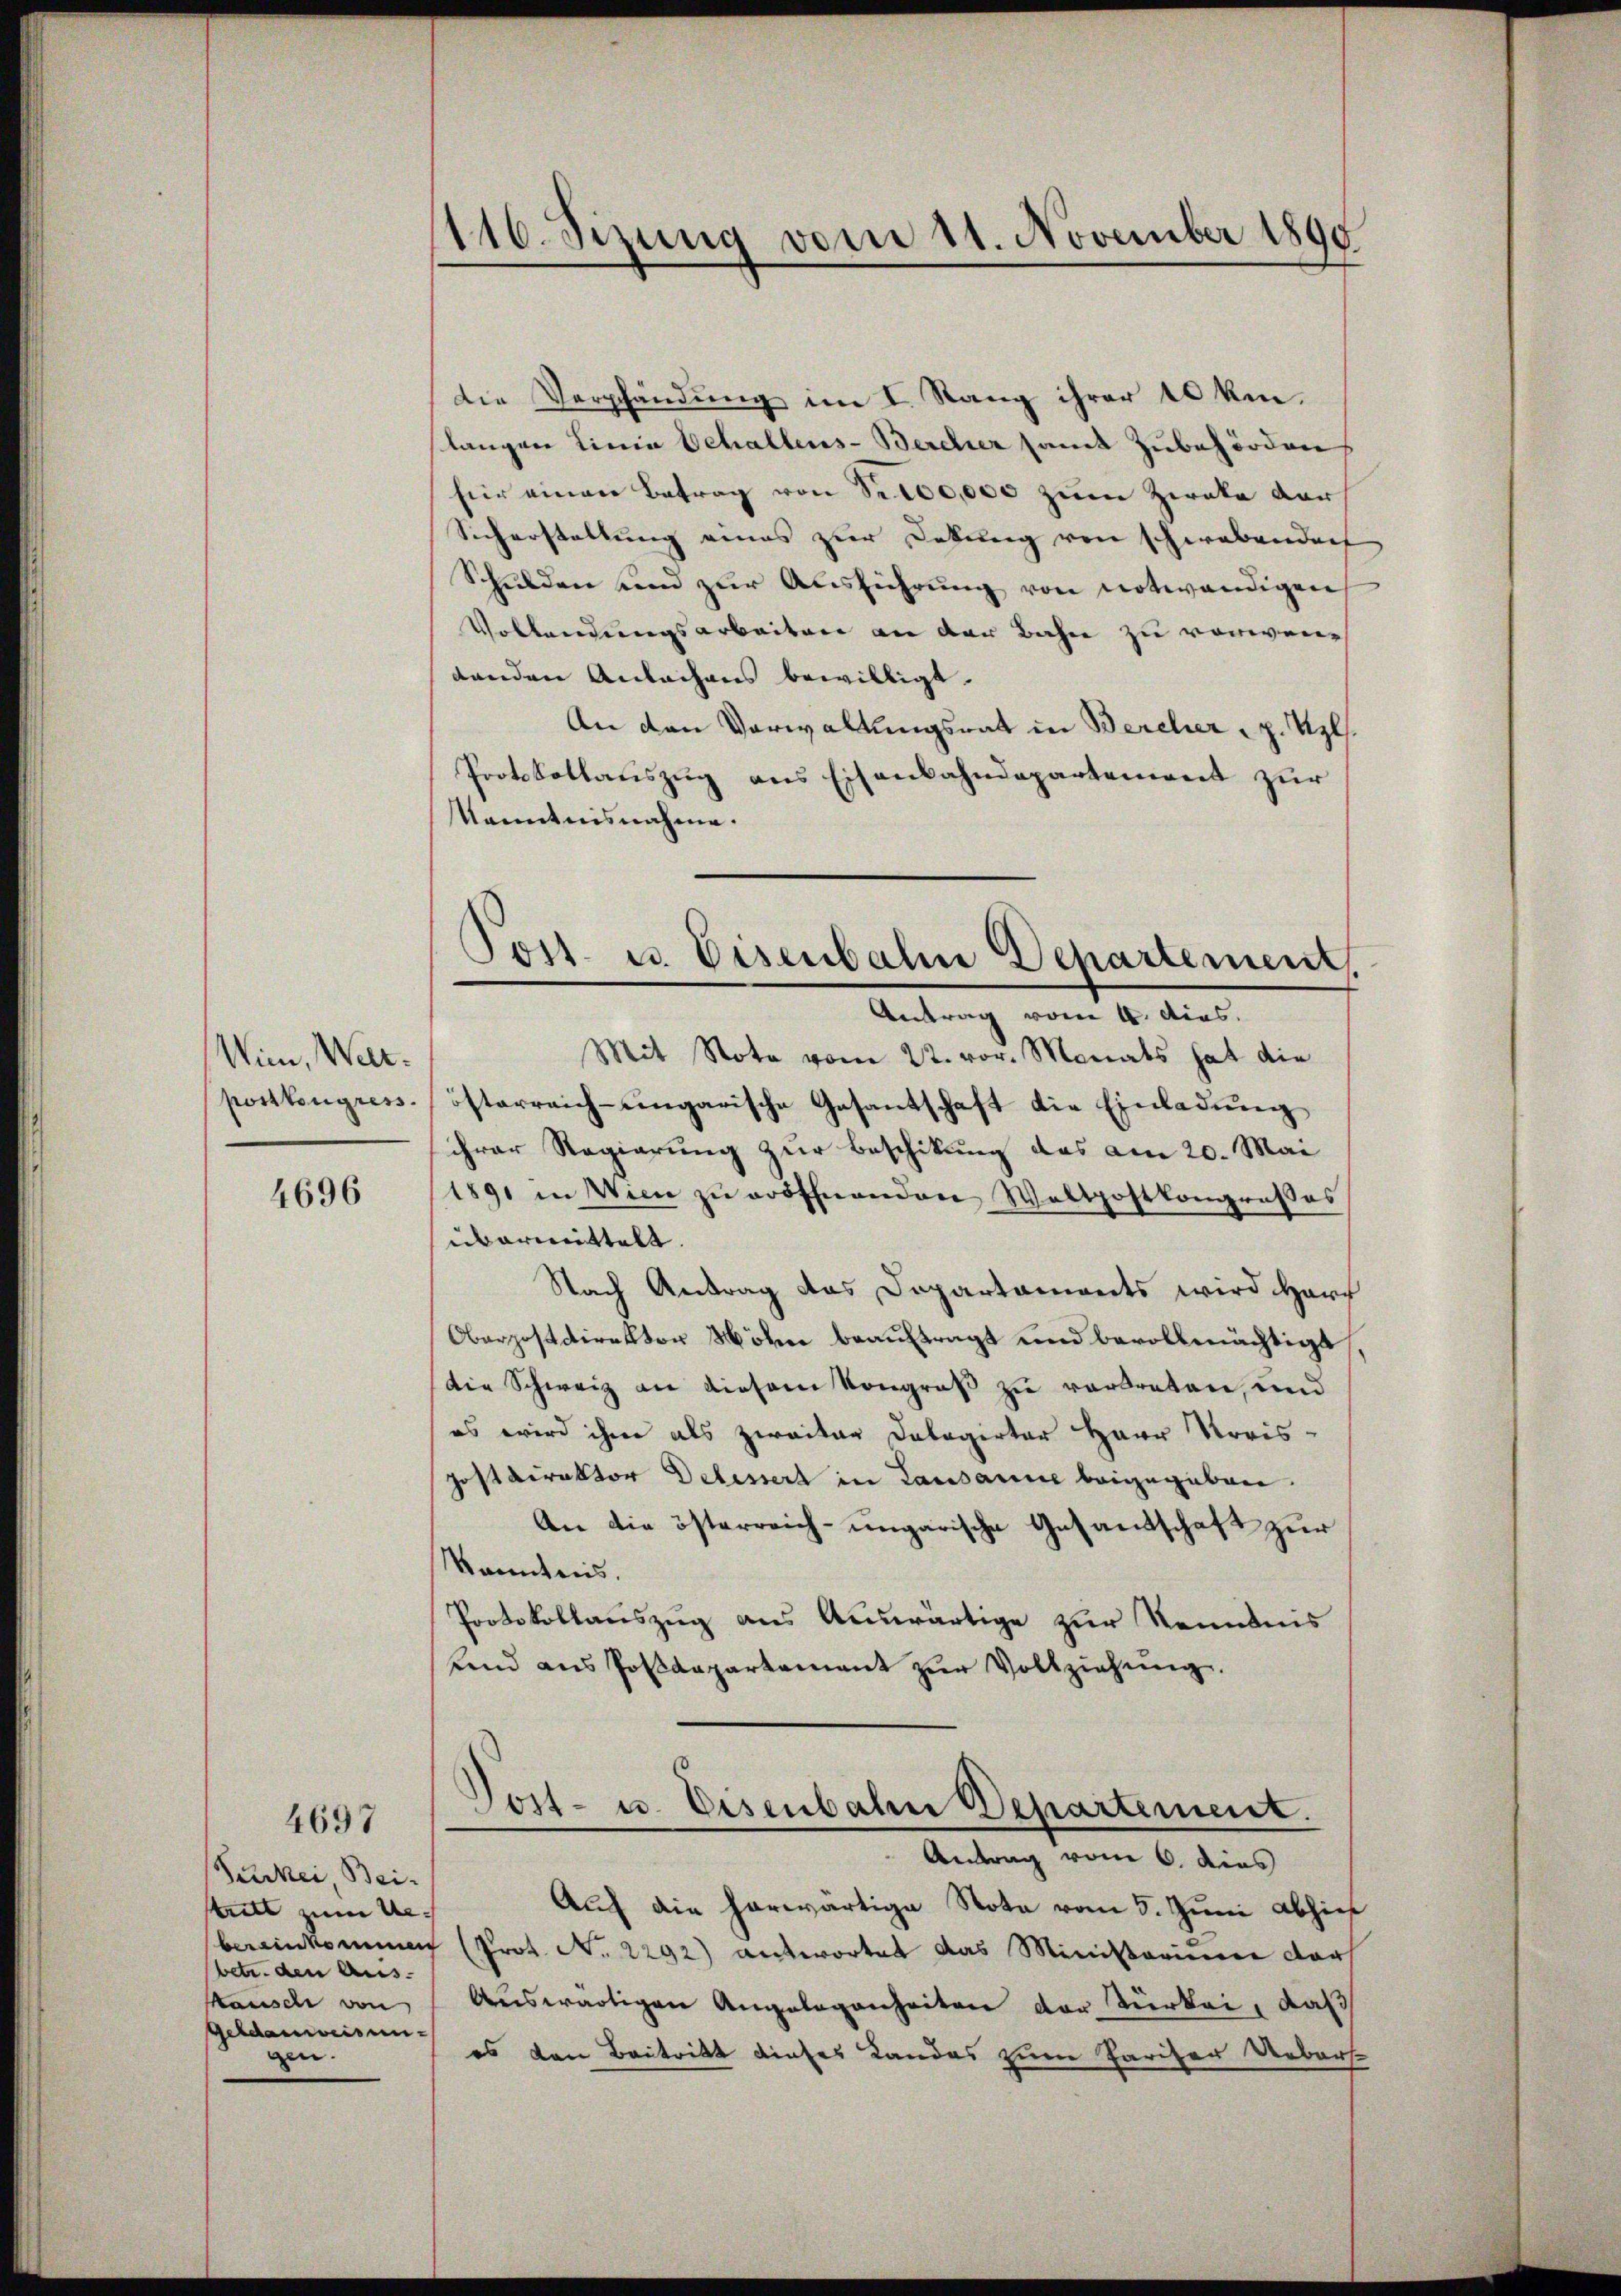
Win, Welt.
postengress

4696

4697

Perkei, Bei-
trill zum Ue-
betr. den Aus- |
Kausch von
Geldanweisun
gen.

116. Sizung vom 11. November 1890

Die Verpfändung im I. Stang ihrer 10 km.
slangen Linia Schallens-Bercher samt Zubehörden
für einen Betrag von S. 100,000 zum Zwecke der
Sicherstellung eines zur Debung von schwabenden
Schulden und zur Ausführung von notwendigen
Vollendungsarbeiten an der Bahn zu verwendenden Anbachens bewilligt.
An den Verwaltungsrat in Bercher p. Uzl.
Protokollauszug aus Eisenbahndepartement zur
kanntnisnahme.
Mit Note vom 22. vor. Monats hat die
österreich - eingarische Gesantschaft die Einladung
ihrer Regierung zur Beschikung das am 20. Mai
1891 in Wien zu eröffnenden Waltpostkongresses
übermittelt. |
Nach Antrag das Departaments wird Herr
Oberpostdirektor Höhn beauftragt und bevollmächtigt,
Die Schweiz an diesem Kongroß zu vertreten, und
es wird ihre als zweiter Delegirter Herr Preis-
Postdirektor Debessert in Lausanne beigegeben.
An die österreich-ungarische Gesandschaft zur
kanntnis.
Protokollauszug aus Auswärtige zur Kenntnis
rend aus Postdepartement zŭr Vollziehung.
Jost- u. Eisenbahn Departement.
Antrag vom 6. dies
Auf die herwärtige Nota vom 5. Juni abhies
bereinkommen (Prot. No. 2292) antwortet das Ministerium dars
Auswärtigen Angelegenheiten der Türke, daß
es von Beitritt dieses Landes zum Pariser Uebers

Post. u. Eisenbahne Departement,
Antrag vom 4. dies.